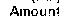
AMOUNT